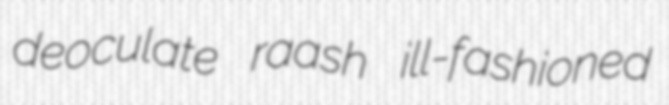
deoculate raash ill-fashioned